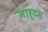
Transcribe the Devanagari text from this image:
मार्टस